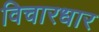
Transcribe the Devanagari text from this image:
विचारधार